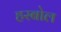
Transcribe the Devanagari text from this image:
हरबोल